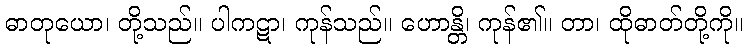
ဓာတုယော၊ တို့သည်။ ပါကဋာ၊ ကုန်သည်။ ဟောန္တိ၊ ကုန်၏။ တာ၊ ထိုဓာတ်တို့ကို။